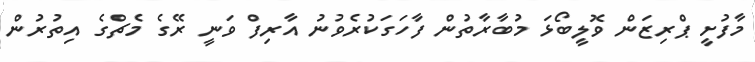
މާފުށީ ޕްރިޒަން ވޮލީބޯޅަ މުބާރާތުން ފާހަގަކުރެވުނު އާރިފް ވަނީ ރޭގެ މެޗްގެ އިތުރުން